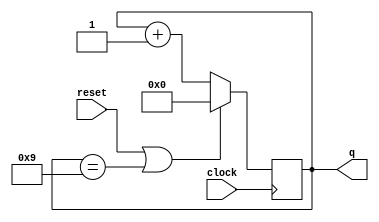
module counter (clock, reset, q);

input clock, reset;
output [3:0] q;
reg [3:0] q;

always @ (posedge clock) begin
  if (reset | (q == 9)) begin
    q = 0;
  end else begin
    q = q + 1;
  end
end

endmodule // counter